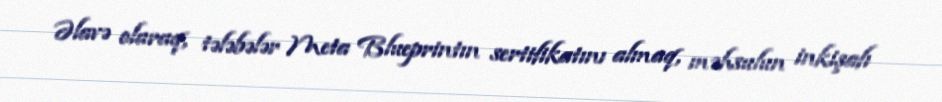
Əlavə olaraq, tələbələr Meta Blueprintın sertifikatını almaq, məhsulun inkişafı